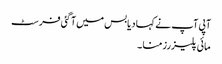
آپی آپ نے کہا دیا بس میں آگئی فرسٹ
مائی پلیزرز منا ۔